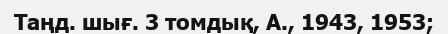
Таңд. шығ. 3 томдық, А., 1943, 1953;